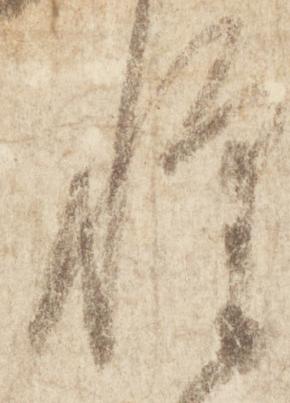
惶